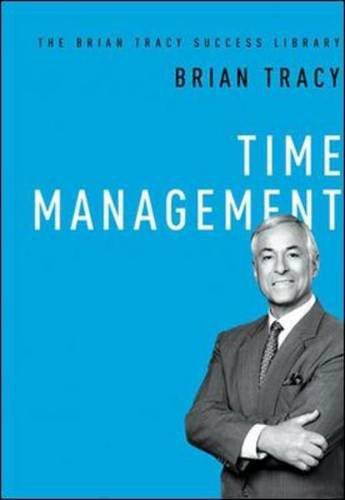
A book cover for Time Management (The Brian Tracy Success Library); Brian Tracy; Business & Money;